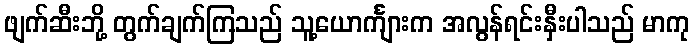
ဖျက်ဆီးဘို့ တွက်ချက်ကြသည် သူ့ယောင်္ကျားက အလွန်ရင်းနှီးပါသည် မာကု